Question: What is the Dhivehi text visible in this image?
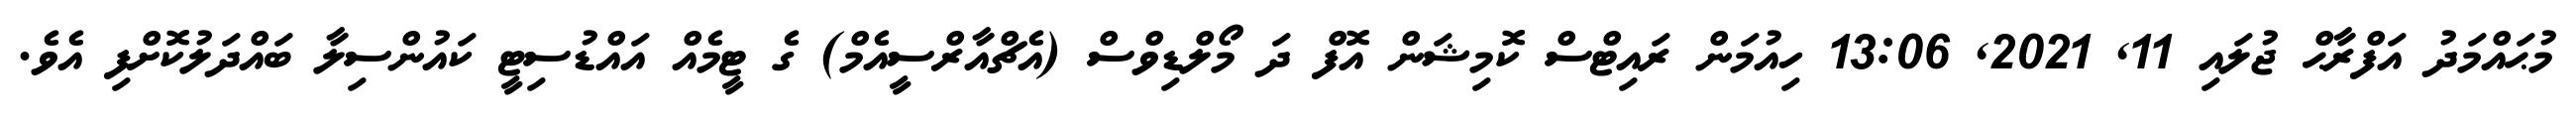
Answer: މުޙައްމަދު އަފްރާޙް ޖުލައި 11, 2021, 13:06 ހިއުމަން ރައިޓްސް ކޮމިޝަން އޮފް ދަ މޯލްޑިވްސް (އެޗްއާރްސީއެމް) ގެ ޓީމެއް އައްޑުސިޓީ ކައުންސިލާ ބައްދަލުކޮށްފި އެވެ.